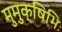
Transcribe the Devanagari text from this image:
मुमुक्षिभिः